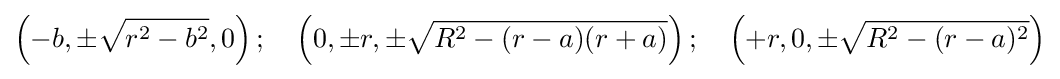
\left(-b,\pm {\sqrt {r^{2}-b^{2}}},0\right);\quad \left(0,\pm r,\pm {\sqrt {R^{2}-(r-a)(r+a)}}\right);\quad \left(+r,0,\pm {\sqrt {R^{2}-(r-a)^{2}}}\right)